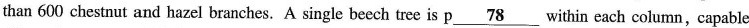
than 600 chestnut and hazel branches. A single beech tree is p\underline{78}within each column,capable